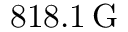
8 1 8 . 1 \, \mathrm { G }